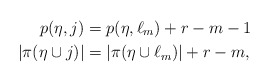
\begin{align*}p(\eta,j)&=p(\eta,\ell_{m})+r-m-1 \quad\\|\pi(\eta\cup j)|&=|\pi(\eta \cup \ell_{m})|+r-m,\end{align*}